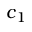
c _ { 1 }